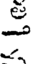
-